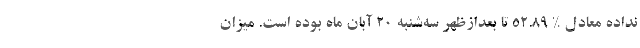
نداده معادل % ۵۲.۸۹ تا بعدازظهر سه‌شنبه ۲۰ آبان ماه بوده است. میزان